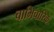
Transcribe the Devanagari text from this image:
चाभिचारिके